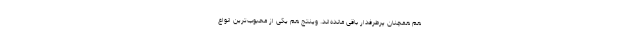
هم همچنان پرطرفدار باقی‌ مانده‌اند. وینتج هم یکی از محبوب‌ترین انواع